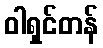
ဝါရှင်တန်